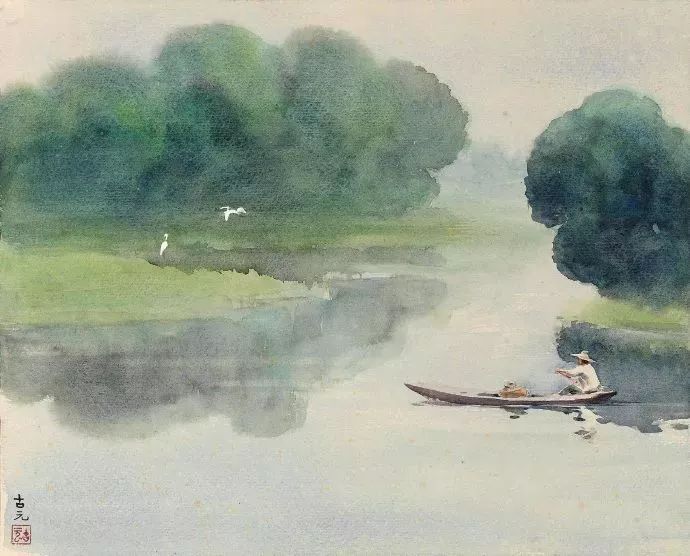
暮从碧山下，山月随人归。